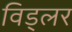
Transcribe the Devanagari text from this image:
विड्लर